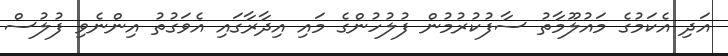
އަދި އެކަމުގެ މައުލޫމާތު ސާފުކުރުމުން ފުލުހުންގެ މައި އިދާރާގައި އެވަގުތު އިންނެވި ފުލުސް